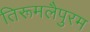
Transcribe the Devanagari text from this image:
तिरूमलैपुरम